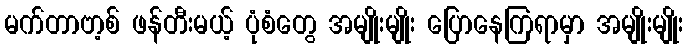
မက်တာဗာ့စ် ဖန်တီးမယ့် ပုံစံတွေ အမျိုးမျိုး ပြောနေကြရာမှာ အမျိုးမျိုး